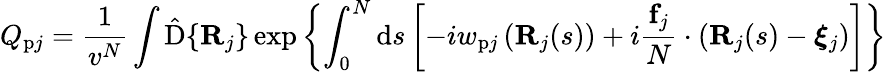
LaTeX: Q_{\mathrm{p}j}=\frac{1}{v^{N}}\int\hat{\mathrm{D}}\{ \mathbf{R}_{j}\} \exp\left\{ \int_{0}^{N}\mathrm{d}s\left[-iw_{\mathrm{p}j}\left(\mathbf{R}_{j}(s)\right)+i\frac{\mathbf{f}_{j}}{N}\cdot(\mathbf{R}_{j}(s)-\boldsymbol{\xi}_{j})\right]\right\}